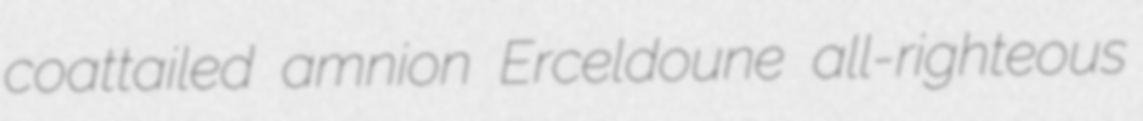
coattailed amnion Erceldoune all-righteous